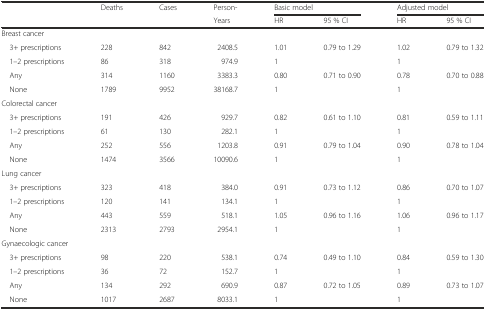
<table><thead><tr><td></td><td><b>Deaths</b></td><td><b>Cases</b></td><td><b>Person-</b></td><td colspan="2"><b>Basic model</b></td><td colspan="2"><b>Adjusted model</b></td></tr><tr><td></td><td></td><td></td><td><b>Years</b></td><td><b>HR</b></td><td><b>95 % CI</b></td><td><b>HR</b></td><td><b>95 % CI</b></td></tr></thead><tbody><tr><td colspan="8">Breast cancer</td></tr><tr><td> 3+ prescriptions</td><td>228</td><td>842</td><td>2408.5</td><td>1.01</td><td>0.79 to 1.29</td><td>1.02</td><td>0.79 to 1.32</td></tr><tr><td> 1–2 prescriptions</td><td>86</td><td>318</td><td>974.9</td><td>1</td><td></td><td>1</td><td></td></tr><tr><td> Any</td><td>314</td><td>1160</td><td>3383.3</td><td>0.80</td><td>0.71 to 0.90</td><td>0.78</td><td>0.70 to 0.88</td></tr><tr><td> None</td><td>1789</td><td>9952</td><td>38168.7</td><td>1</td><td></td><td>1</td><td></td></tr><tr><td colspan="8">Colorectal cancer</td></tr><tr><td> 3+ prescriptions</td><td>191</td><td>426</td><td>929.7</td><td>0.82</td><td>0.61 to 1.10</td><td>0.81</td><td>0.59 to 1.11</td></tr><tr><td> 1–2 prescriptions</td><td>61</td><td>130</td><td>282.1</td><td>1</td><td></td><td>1</td><td></td></tr><tr><td> Any</td><td>252</td><td>556</td><td>1203.8</td><td>0.91</td><td>0.79 to 1.04</td><td>0.90</td><td>0.78 to 1.04</td></tr><tr><td> None</td><td>1474</td><td>3566</td><td>10090.6</td><td>1</td><td></td><td>1</td><td></td></tr><tr><td colspan="8">Lung cancer</td></tr><tr><td> 3+ prescriptions</td><td>323</td><td>418</td><td>384.0</td><td>0.91</td><td>0.73 to 1.12</td><td>0.86</td><td>0.70 to 1.07</td></tr><tr><td> 1–2 prescriptions</td><td>120</td><td>141</td><td>134.1</td><td>1</td><td></td><td>1</td><td></td></tr><tr><td> Any</td><td>443</td><td>559</td><td>518.1</td><td>1.05</td><td>0.96 to 1.16</td><td>1.06</td><td>0.96 to 1.17</td></tr><tr><td> None</td><td>2313</td><td>2793</td><td>2954.1</td><td>1</td><td></td><td>1</td><td></td></tr><tr><td colspan="8">Gynaecologic cancer</td></tr><tr><td> 3+ prescriptions</td><td>98</td><td>220</td><td>538.1</td><td>0.74</td><td>0.49 to 1.10</td><td>0.84</td><td>0.59 to 1.30</td></tr><tr><td> 1–2 prescriptions</td><td>36</td><td>72</td><td>152.7</td><td>1</td><td></td><td>1</td><td></td></tr><tr><td> Any</td><td>134</td><td>292</td><td>690.9</td><td>0.87</td><td>0.72 to 1.05</td><td>0.89</td><td>0.73 to 1.07</td></tr><tr><td> None</td><td>1017</td><td>2687</td><td>8033.1</td><td>1</td><td></td><td>1</td><td></td></tr></tbody></table>